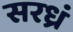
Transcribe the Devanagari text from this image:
सरध्रं